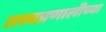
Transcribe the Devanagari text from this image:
तत्त्वप्रणालीच्या